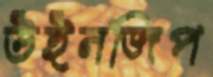
উইনজিপ